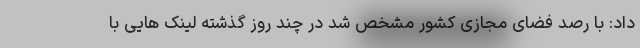
داد: با رصد فضای مجازی کشور مشخص شد در چند روز گذشته لینک هایی با